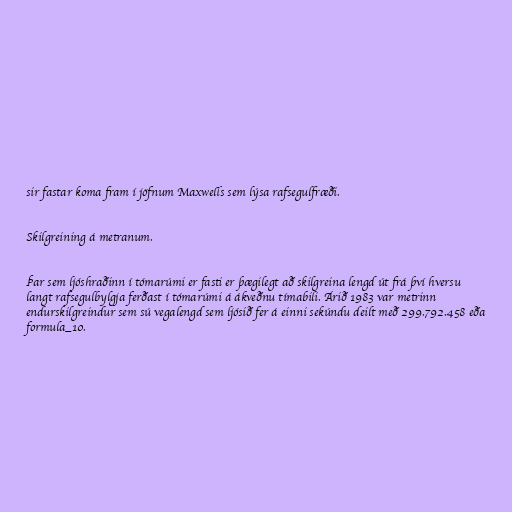
sir fastar koma fram í jöfnum Maxwells sem lýsa rafsegulfræði.

Skilgreining á metranum.

Þar sem ljóshraðinn í tómarúmi er fasti er þægilegt að skilgreina lengd út frá því hversu
langt rafsegulbylgja ferðast í tómarúmi á ákveðnu tímabili. Árið 1983 var metrinn
endurskilgreindur sem sú vegalengd sem ljósið fer á einni sekúndu deilt með 299.792.458 eða
formula_10.